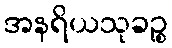
အနရိယသုခဉ္စ